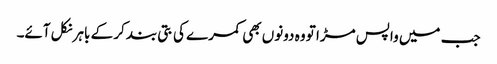
جب میں واپس مڑا تو وہ دونوں بھی کمرے کی بتی بند کر کے باہر نکل آئے۔